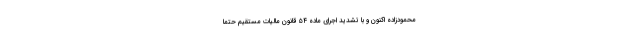
محمودزاده اکنون و با تشدید اجرای ماده ۵۴ قانون مالیات مستقیم حتما